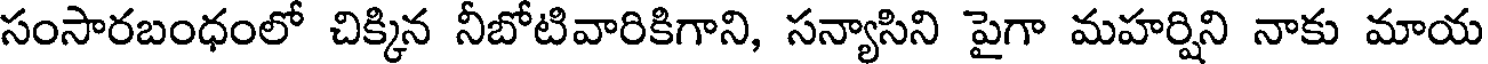
సంసారబంధంలో చిక్కిన నీబోటివారికిగాని, సన్యాసిని పైగా మహర్షిని నాకు మాయ